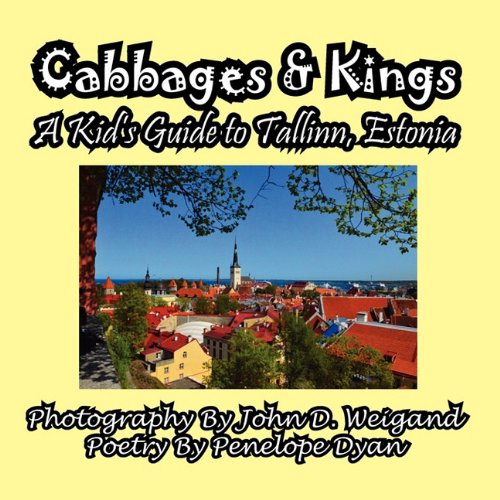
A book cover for Cabbages & Kings--A Kid's Guide To Tallinn, Estonia; Penelope Dyan; Travel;